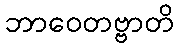
ဘာဝေတဗ္ဗာတိ